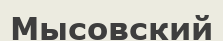
Мысовский